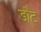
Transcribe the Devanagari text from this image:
डौट